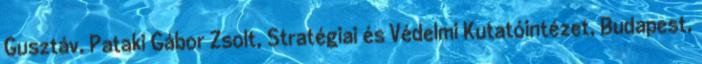
Gusztáv, Pataki Gábor Zsolt, Stratégiai és Védelmi Kutatóintézet, Budapest,